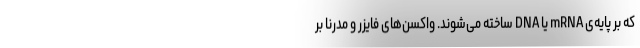
که بر پایه‌ی mRNA یا DNA ساخته می‌شوند. واکسن‌های فایزر و مدرنا بر